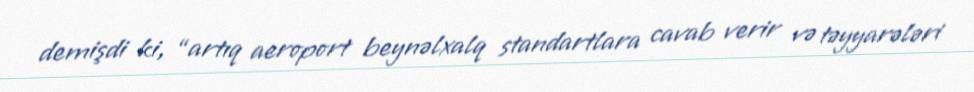
demişdi ki, “artıq aeroport beynəlxalq standartlara cavab verir və təyyarələri